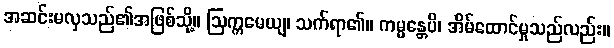
အဆင်းမလှသည်၏အဖြစ်သို့။ ဩက္ကမေယျ၊ သက်ရာ၏။ ကမ္မန္တေပိ၊ အိမ်ထောင်မှုသည်လည်း။